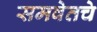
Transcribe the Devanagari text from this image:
समवेतचे